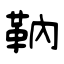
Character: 靹